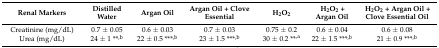
| Renal Markers | Distilled Water | Argan Oil | Argan Oil + Clove Essential | H2O2 | H2O2 + Argan Oil | H2O2 + Argan Oil + Clove Essential Oil |
 | --- | --- | --- | --- | --- | --- | --- |
 | Creatinine (mg/dL) | 0.7 ± 0.05 | 0.6 ± 0.03 | 0.7 ± 0.03 | 0.75 ± 0.2 | 0.6 ± 0.04 | 0.6 ± 0.08 |
 | Urea (mg/dL) | 24 ± 1 **,b | 22 ± 0.5 ***,b | 23 ± 1.5 ***,b | 30 ± 0.2 **,a | 22 ± 1.5 ***,b | 21 ± 0.9 ***,b |